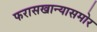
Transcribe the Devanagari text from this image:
फरासखान्यासमोर